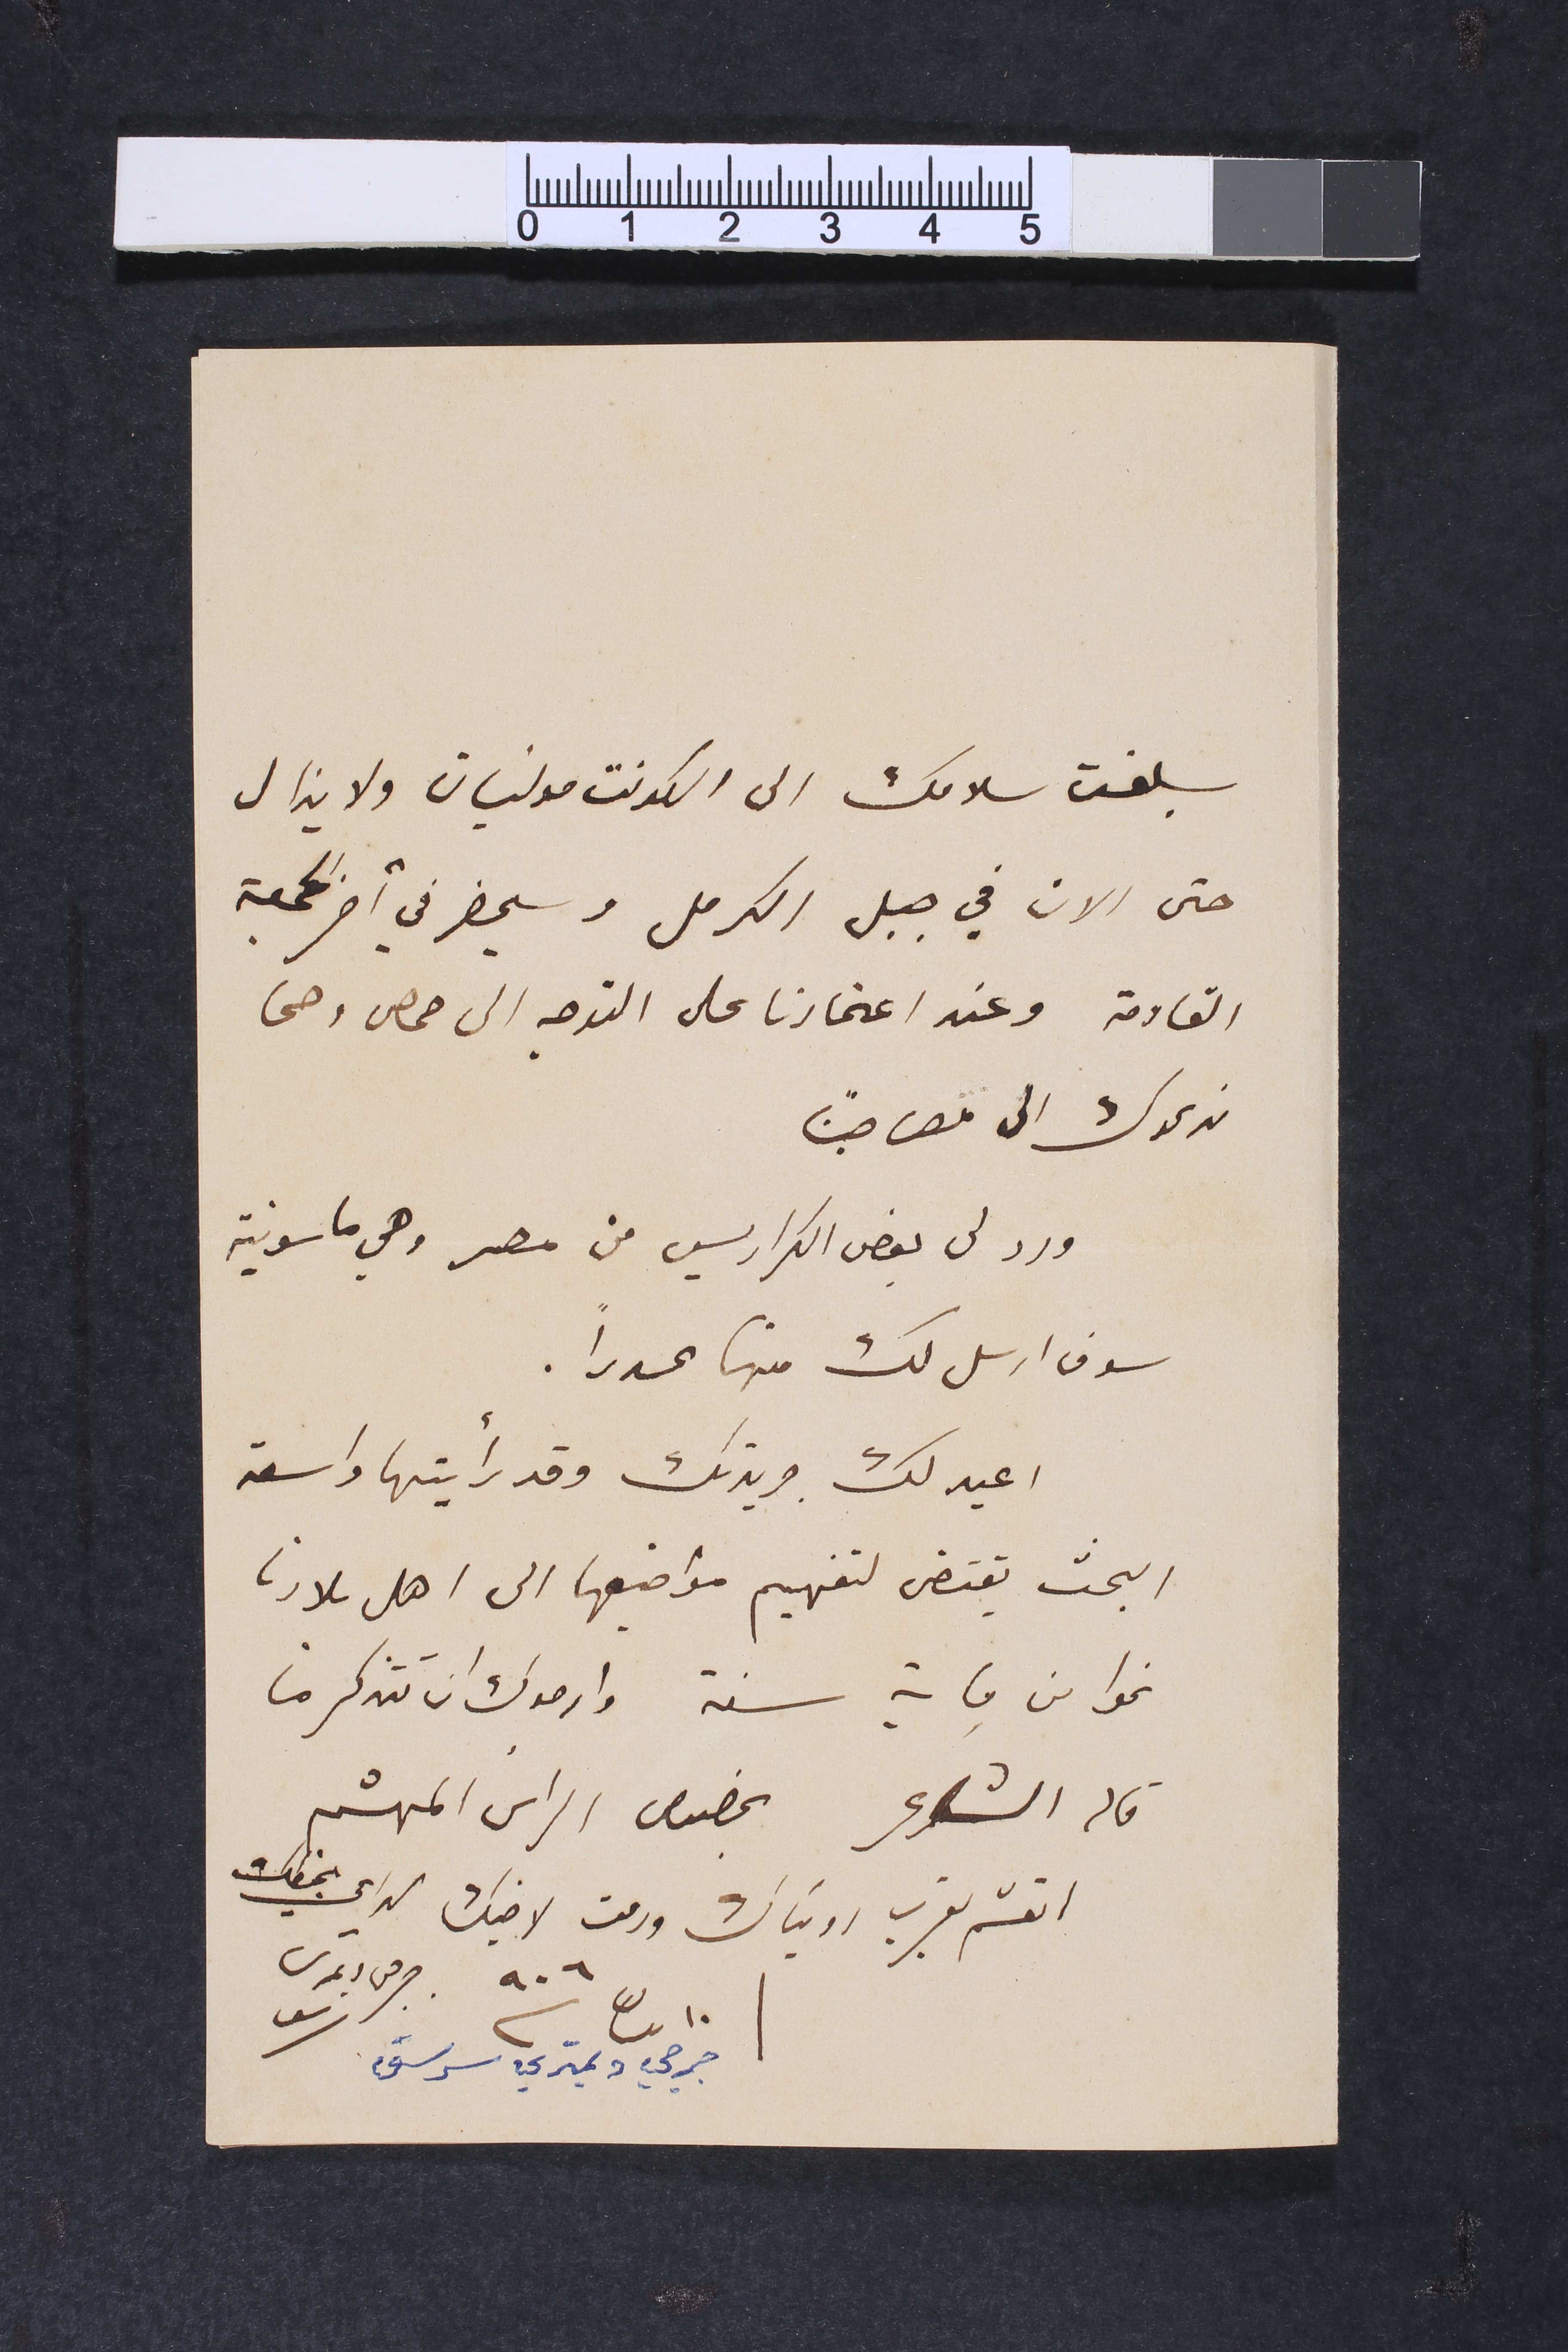
بلغت سلامك الى الكونت مولنيان ولا يزال
حتى الان في جبل الكرمل وسيحضر في آخر الجمعة
القادمة وعند اعتمادنا على التوجه الى حمص وحما
ندعوك الى مصاحبتنا
ورد لى بعض الكراريس من مصر وهي ماسونية
سوف ارسل لك منها عدداً.
اعيد لك جريدتك وقد رأيتها واسعة
البحث يقتضى لتفهيم مواضيعها الى اهل بلادنا
نحوا من ماية سنة وارجوك ان تتذكر ما
قال الشاعر بخصوص الراس المهشم
اتعشم بقرب روئياك ودمت لاخيك الداعي  بخطك
١٠ نيسان سنة ٩٠٦ جرجي ديمتري سرسق	جرجي دمتري سرسق